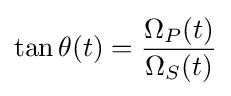
\tan \theta (t)={\frac {\Omega _{P}(t)}{\Omega _{S}(t)}}